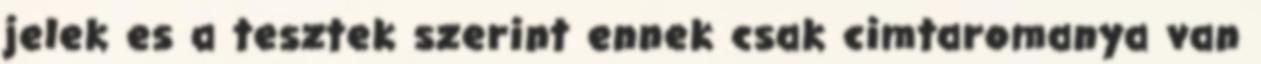
jelek es a tesztek szerint ennek csak cimtaromanya van